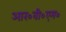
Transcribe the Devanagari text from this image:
आर०वी०एम०